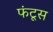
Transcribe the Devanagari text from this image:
फंटूस